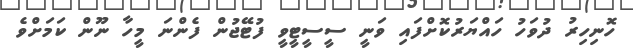
ހޮނިހިރު ދުވަހު ހައްޔަރުކޮށްފައި ވަނީ ސީސީޓީވީ ފުޓޭޖުން ފެންނަ މީހާ ނޫން ކަމަށްވެ